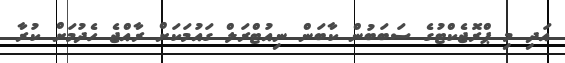
އަދި މި ޕްރޮޖެކްޓުގެ ސަބަބުން ކާބަން ނިއުޓްރަލް ގައުމަކަށް ރާއްޖެ ހެދުމަށް ކުރާ